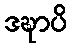
ဒဍ္ဎာပိ